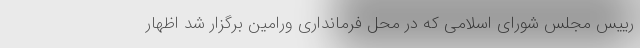
رییس مجلس شورای اسلامی که در محل فرمانداری ورامین برگزار شد اظهار